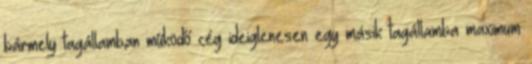
bármely tagállamban működő cég ideiglenesen egy másik tagállamba maximum